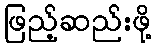
ဖြည့်ဆည်းဖို့